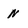
Character: n